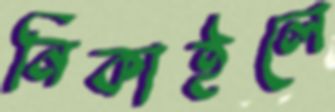
নিকাইলে